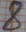
Text: 8